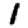
Digit: 1